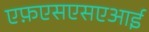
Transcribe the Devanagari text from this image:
एफ़एसएसएआई